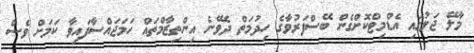
މާލޭ ޖަލުގައި އެޑްމިޓްކޮށްގެން ބޭސްފަރުވާގެ ހިދުމަތް ދެވޭނެ އިންތިޒާމްތައް ހަމަޖައްސާފައިވާ ކަމަށް ވެސް